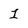
Character: 1